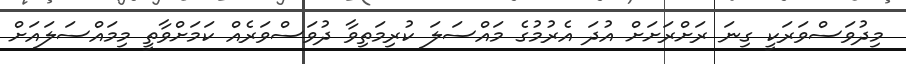
މިދުވަސްވަރަކީ ގިނަ ރަށްރަށަށް އުދަ އެރުމުގެ މައްސަލަ ކުރިމަތިވާ ދުވަސްވަރެއް ކަމަށްވާތީ މިމައްސަލައަށް